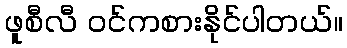
ဖူစီလီ ဝင်ကစားနိုင်ပါတယ်။